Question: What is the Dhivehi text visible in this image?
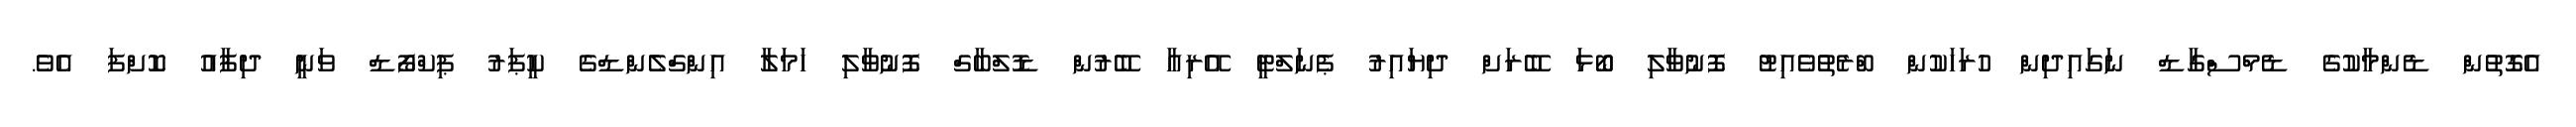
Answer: އެގޮތުން ޑެންމާކުގެ ޑެމްސްގާޑް ނަގައިދިން ހުރަހަކުން ބްރެތުވެއިޓު ފޮނުވާލި ބޯޅަ ބޭރަށް ދިޔައިރު ޕެނަލްޓީ އޭރިއާ ބޭރުން ޑޮލްބާގް ފޮނުވާލި ހަމަލާ އިންގްލެންޑްގެ ކީޕަރު ޕިކްފޯޑް ވަނީ ދިފާއު ކޮށްފަ އެވެ.